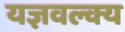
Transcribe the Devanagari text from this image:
यज्ञवल्क्य